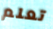
تعلم